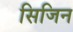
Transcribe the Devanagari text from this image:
सिजिन